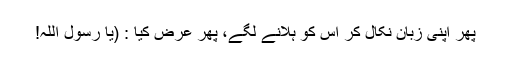
پھر اپنی زبان نکال کر اس کو ہلانے لگے، پھر عرض کیا : (یا رسول اللہ!